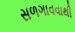
સળગાવવાથી